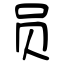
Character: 员